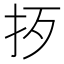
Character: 𢪰